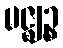
မဇ္ဈဉ္စ